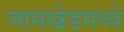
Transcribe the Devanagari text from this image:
जामखेडमध्ये